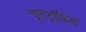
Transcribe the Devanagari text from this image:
न्यूरोट्रॉफ़िक